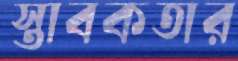
স্তাবকতার